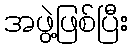
အဖွဲ့ဖြစ်ပြီး